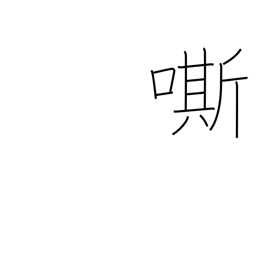
Meaning: whinny